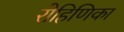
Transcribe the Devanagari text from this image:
रोहिणिका